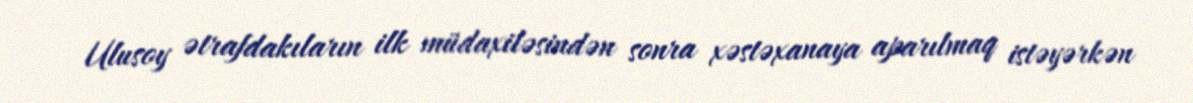
Ulusoy ətrafdakıların ilk müdaxiləsindən sonra xəstəxanaya aparılmaq istəyərkən